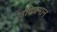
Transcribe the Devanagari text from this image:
उदियमान